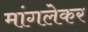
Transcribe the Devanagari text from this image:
मांगलेकर